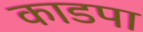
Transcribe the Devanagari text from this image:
काडपा